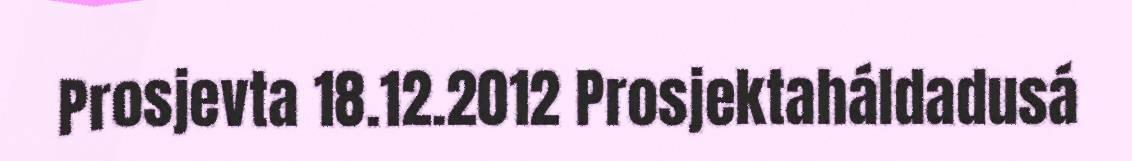
Prosjevta 18.12.2012 Prosjektaháldadusá